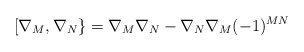
\begin{align*}[\nabla_M,\nabla_N\} = \nabla_M\nabla_N-\nabla_N\nabla_M(-1)^{MN}\end{align*}